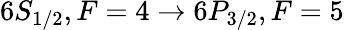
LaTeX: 6S_{1/2},F=4\rightarrow 6P_{3/2},F=5